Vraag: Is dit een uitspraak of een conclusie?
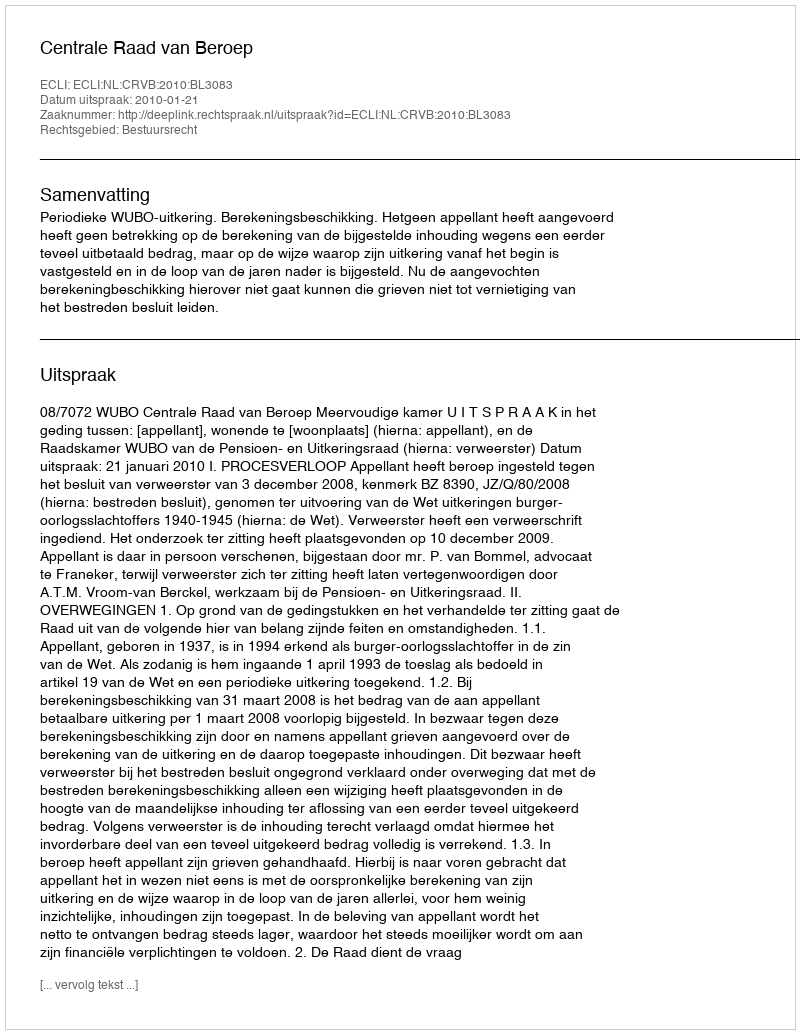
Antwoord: Uitspraak